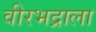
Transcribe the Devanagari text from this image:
वीरभद्राला